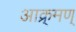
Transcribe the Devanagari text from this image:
आक्र्मण्